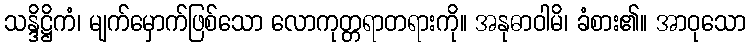
သန္ဒိဋ္ဌိကံ၊ မျက်မှောက်ဖြစ်သော လောကုတ္တရာတရားကို။ အနုဓာဝါမိ၊ ခံစား၏။ အာဝုသော